Riigikantselei, lk 18
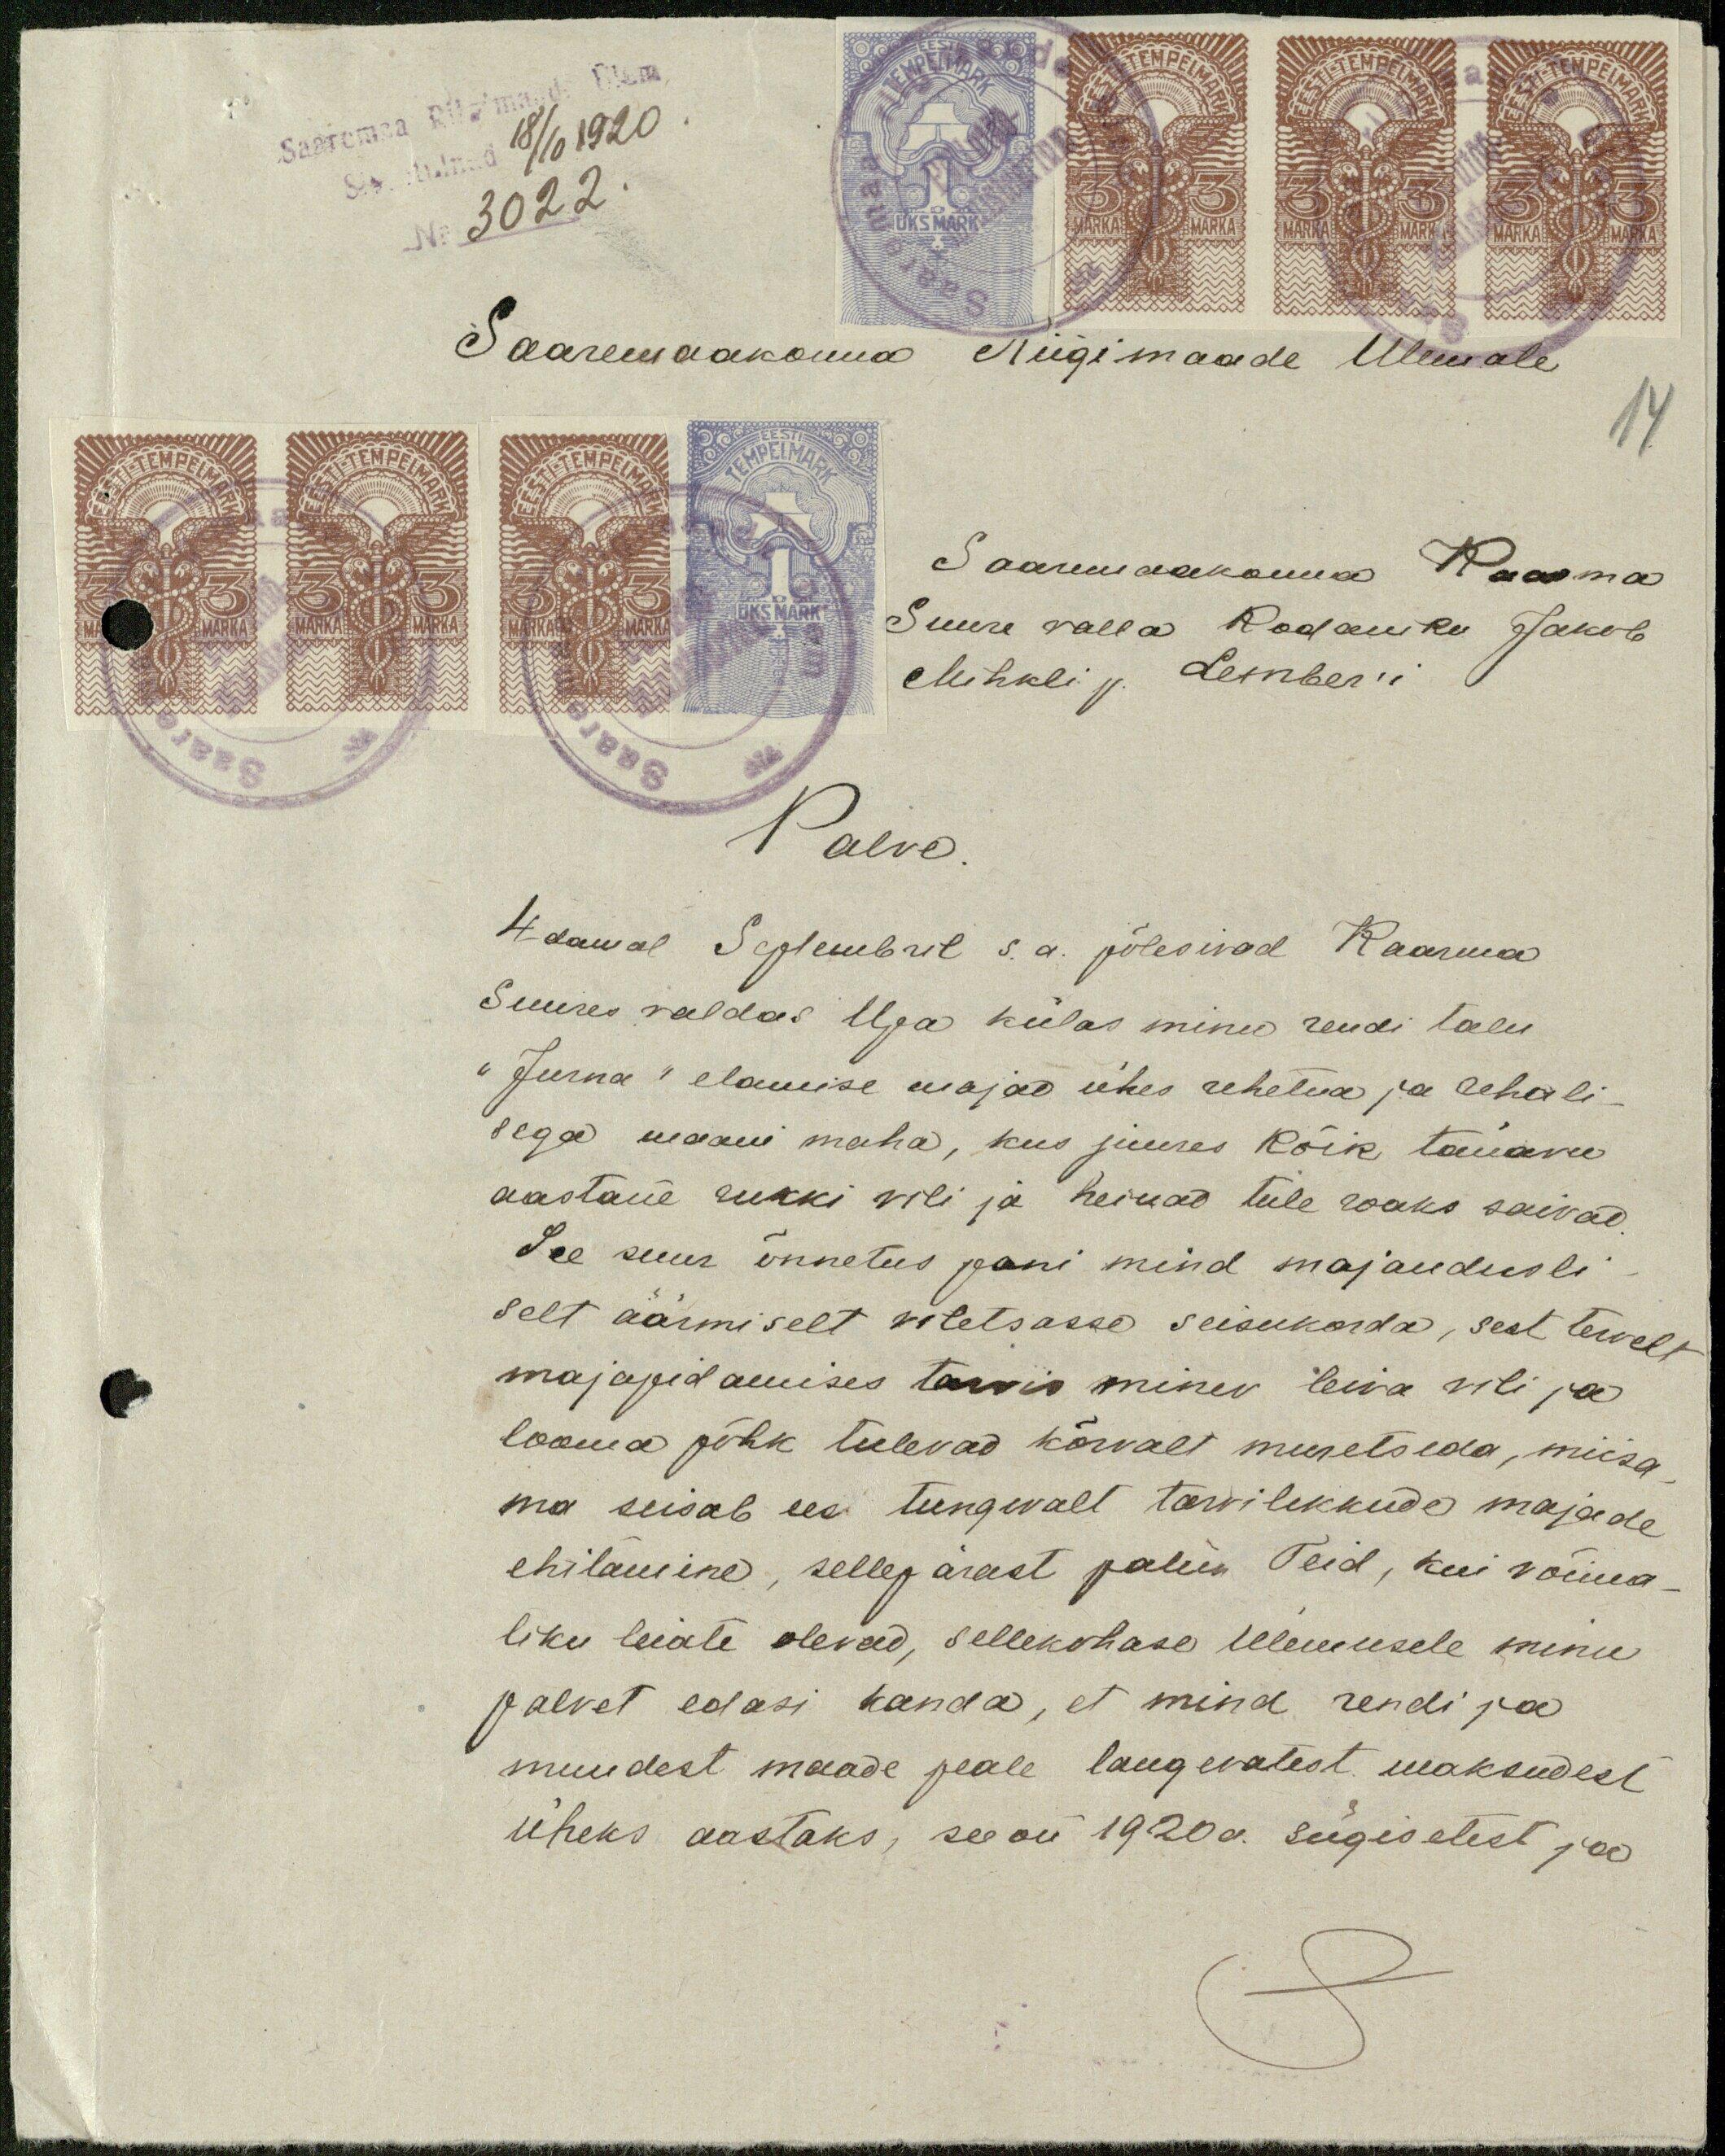
Saaremaa Riigimaade ülem.
18/10 1920.
3022.
Saaremaakonna Riigimaade Ülemale
Saaremaakonna Kaarma
Suure valla Kodaniku Jakob
Mihkli p. Lember'i
Palve.
4damal Septembril s.a. põlesivad Kaarma
Suures valdas Uga külas minu rendi talu
"Jurna" elamise majad ühes rehetoa ja rehali-
sega maani maha, kus juures kõik tänavu
aastane rukki vili ja heinad tule roaks saivad.
See suur õnnetus pani mind majandusli-
selt äärmiselt viletsasse seisukorda, sest tervelt
majapidamises tarvis minev leiva vili ja
looma põhk tulevad kõrvalt muretseda, niisa-
ma seisab ees tungevalt tarvilikkude majade
ehitamine, sellepärast palun Teid, kui võima-
liku leiate olevad, sellekohase ülemusele minu
palvet edasi kanda, et mind rendi ja
muudest maade peale langevatest maksudest
üheks aastaks, see on 1920 a. sügisetest ja